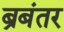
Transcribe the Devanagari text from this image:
ब्रबंतर